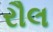
રૌલ